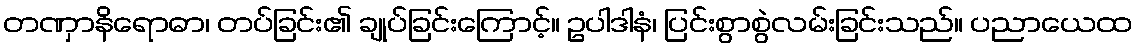
တဏှာနိရောဓာ၊ တပ်ခြင်း၏ ချုပ်ခြင်းကြောင့်။ ဥပါဒါနံ၊ ပြင်းစွာစွဲလမ်းခြင်းသည်။ ပညာယေထ